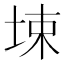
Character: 𰉮